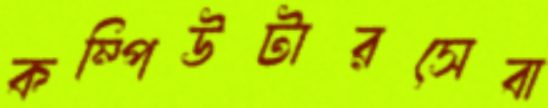
কম্পিউটারসেবা